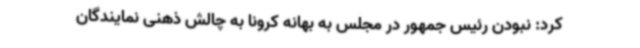
کرد: نبودن رئیس جمهور در مجلس به بهانه کرونا به چالش ذهنی نمایندگان